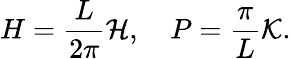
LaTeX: H=\frac{L}{2\pi}{\cal H},\quad P=\frac{\pi}{L}{\cal K}.